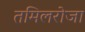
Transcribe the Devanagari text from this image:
तमिलरोजा